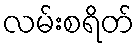
လမ်းစရိတ်